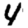
Digit: 4